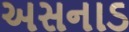
અસનાડ